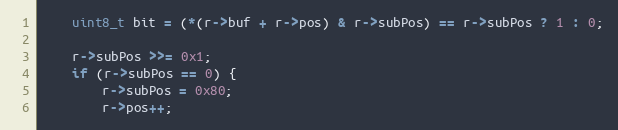
Language: C
	uint8_t bit = (*(r->buf + r->pos) & r->subPos) == r->subPos ? 1 : 0;

	r->subPos >>= 0x1;
	if (r->subPos == 0) {
		r->subPos = 0x80;
		r->pos++;